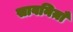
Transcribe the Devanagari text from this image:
सावनिय़ाँ